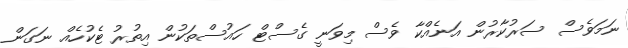
ނަމަވެސް ސަރުކާރުން އަނެއްކާ ވެސް މިވަނީ ގެސްޓް ހައުސްތަކުން އިތުރު ޓެކުހެއް ނަގަން